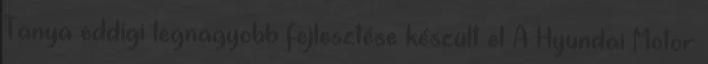
Tanya eddigi legnagyobb fejlesztése készült el A Hyundai Motor